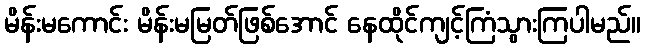
မိန်းမကောင်း မိန်းမမြတ်ဖြစ်အောင် နေထိုင်ကျင့်ကြံသွားကြပါမည်။